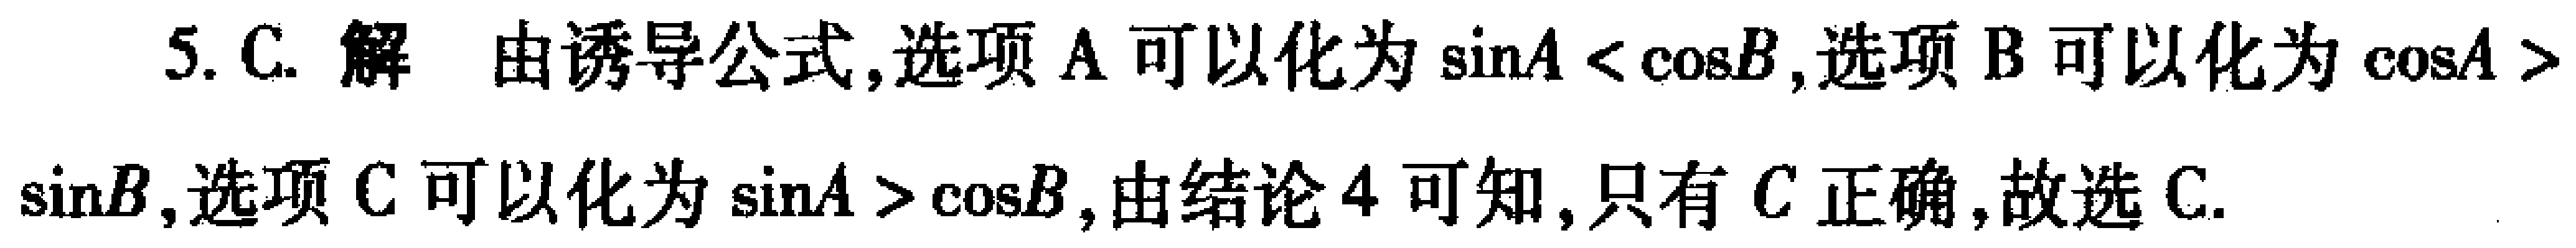
5. C. 解 由诱导公式,选项 A 可以化为\(\sin A < \cos B\),选项 B 可以化为\(\cos A > \sin B\),选项 C 可以化为\(\sin A > \cos B\),由结论 4 可知,只有 C 正确,故选 C.